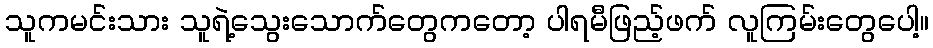
သူကမင်းသား သူရဲ့သွေးသောက်တွေကတော့ ပါရမီဖြည့်ဖက် လူကြမ်းတွေပေါ့။